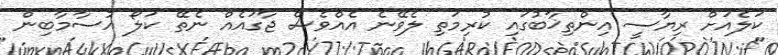
ކަލެއަށް ރިޔާސީ އިންތިޚާބުގައި ކުރިމަތި ލެވޭނެ އެއްވެސް ޖާގައެއް ނެތޭ ކަލޯ އުސާމާބިން